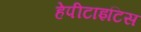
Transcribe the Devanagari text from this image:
हेपीटाइटिस